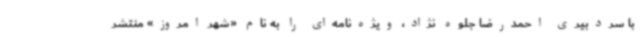
با سردبیری احمدرضا جلوه نژاد، ویژه‌نامه‌ای را به نام «شهر امروز» منتشر